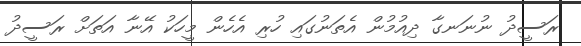
ރަސީދު ނުނަނގާ ދިއުމުން އެތަނުގައި ހުރި އެހެން މީހަކު އޭނާ އަތަށް ރަސީދު